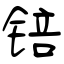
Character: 锫